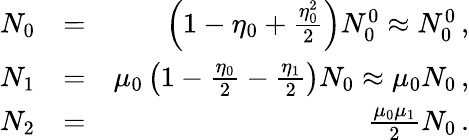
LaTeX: \begin{array}{rlr}{N_{0}}&{=}&{\left(1-\eta_{0}+\frac{\eta_{0}^{2}}{2}\right)N_{0}^{0}\approx N_{0}^{0}\, ,}\\ {N_{1}}&{=}&{\mu_{0}\left(1-\frac{\eta_{0}}{2}-\frac{\eta_{1}}{2}\right)N_{0}\approx\mu_{0}N_{0}\, ,}\\ {N_{2}}&{=}&{\frac{\mu_{0}\mu_{1}}{2}N_{0}\, .}\end{array}